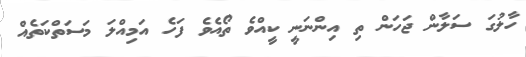
ހާލުގަ ސަލާން ޖަހަން ތި އިންނަނީ ކީއްވެ ތޯއެވެ ފަހެ އަމިއްލަ މަސަތްކަތެއް